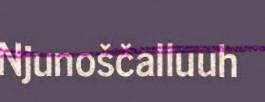
Njunoščalluuh